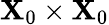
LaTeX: \mathbf{X}_{0}\times\mathbf{X}_{0}